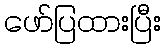
ဖော်ပြထားပြီး